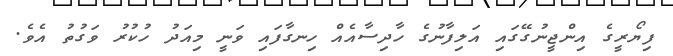
ފިޔޯރީގެ އިންޖީނުގޭގައި އަލިފާނުގެ ހާދިސާއެއް ހިނގާފައި ވަނީ މިއަދު ހުކުރު ވަގުތު އެވެ.